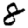
Digit: 8